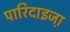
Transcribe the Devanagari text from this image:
पारिदाइजा़